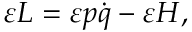
\varepsilon L = \varepsilon p { \dot { q } } - \varepsilon H ,